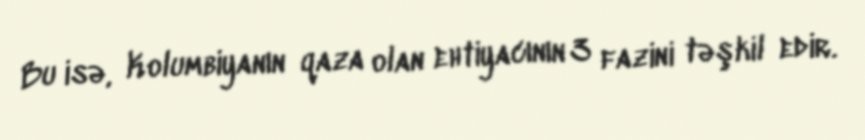
Bu isə, Kolumbiyanın qaza olan ehtiyacının 3 fazini təşkil edir.